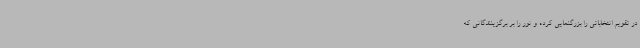
در تقویم انتخاباتی را بزرگنمایی کرده و نور را بر برگزینندگانی که